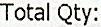
TOTAL QTY: